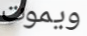
ويموت